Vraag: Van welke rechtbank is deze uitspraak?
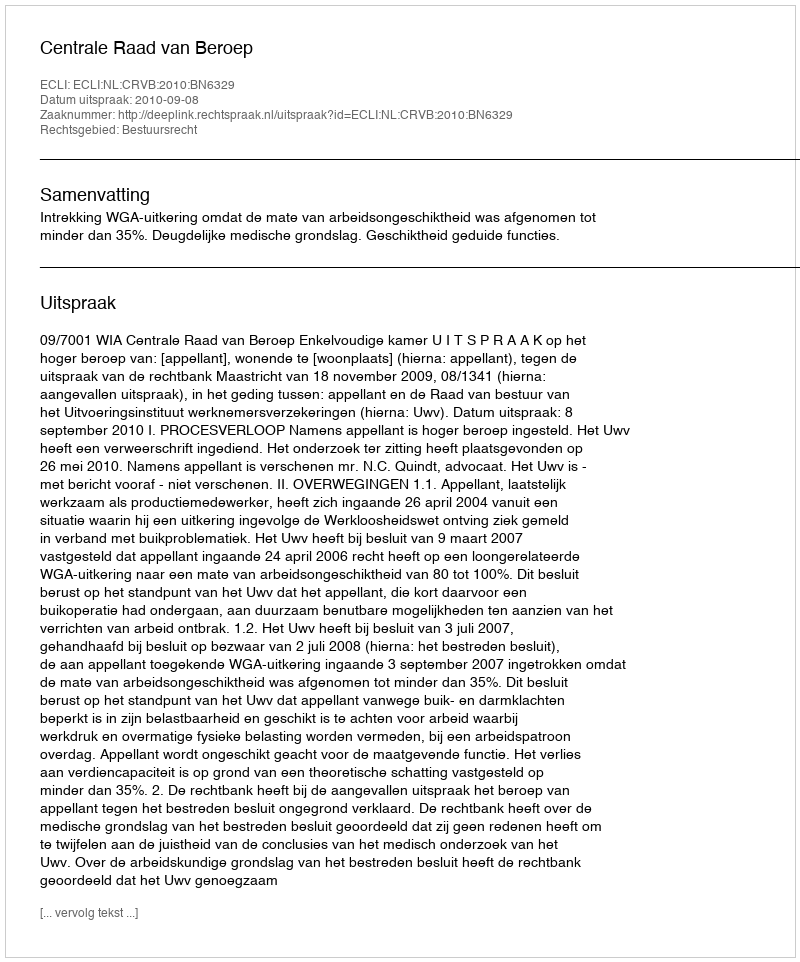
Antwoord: Centrale Raad van Beroep